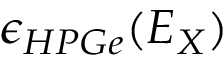
\epsilon _ { H P G e } ( E _ { X } )